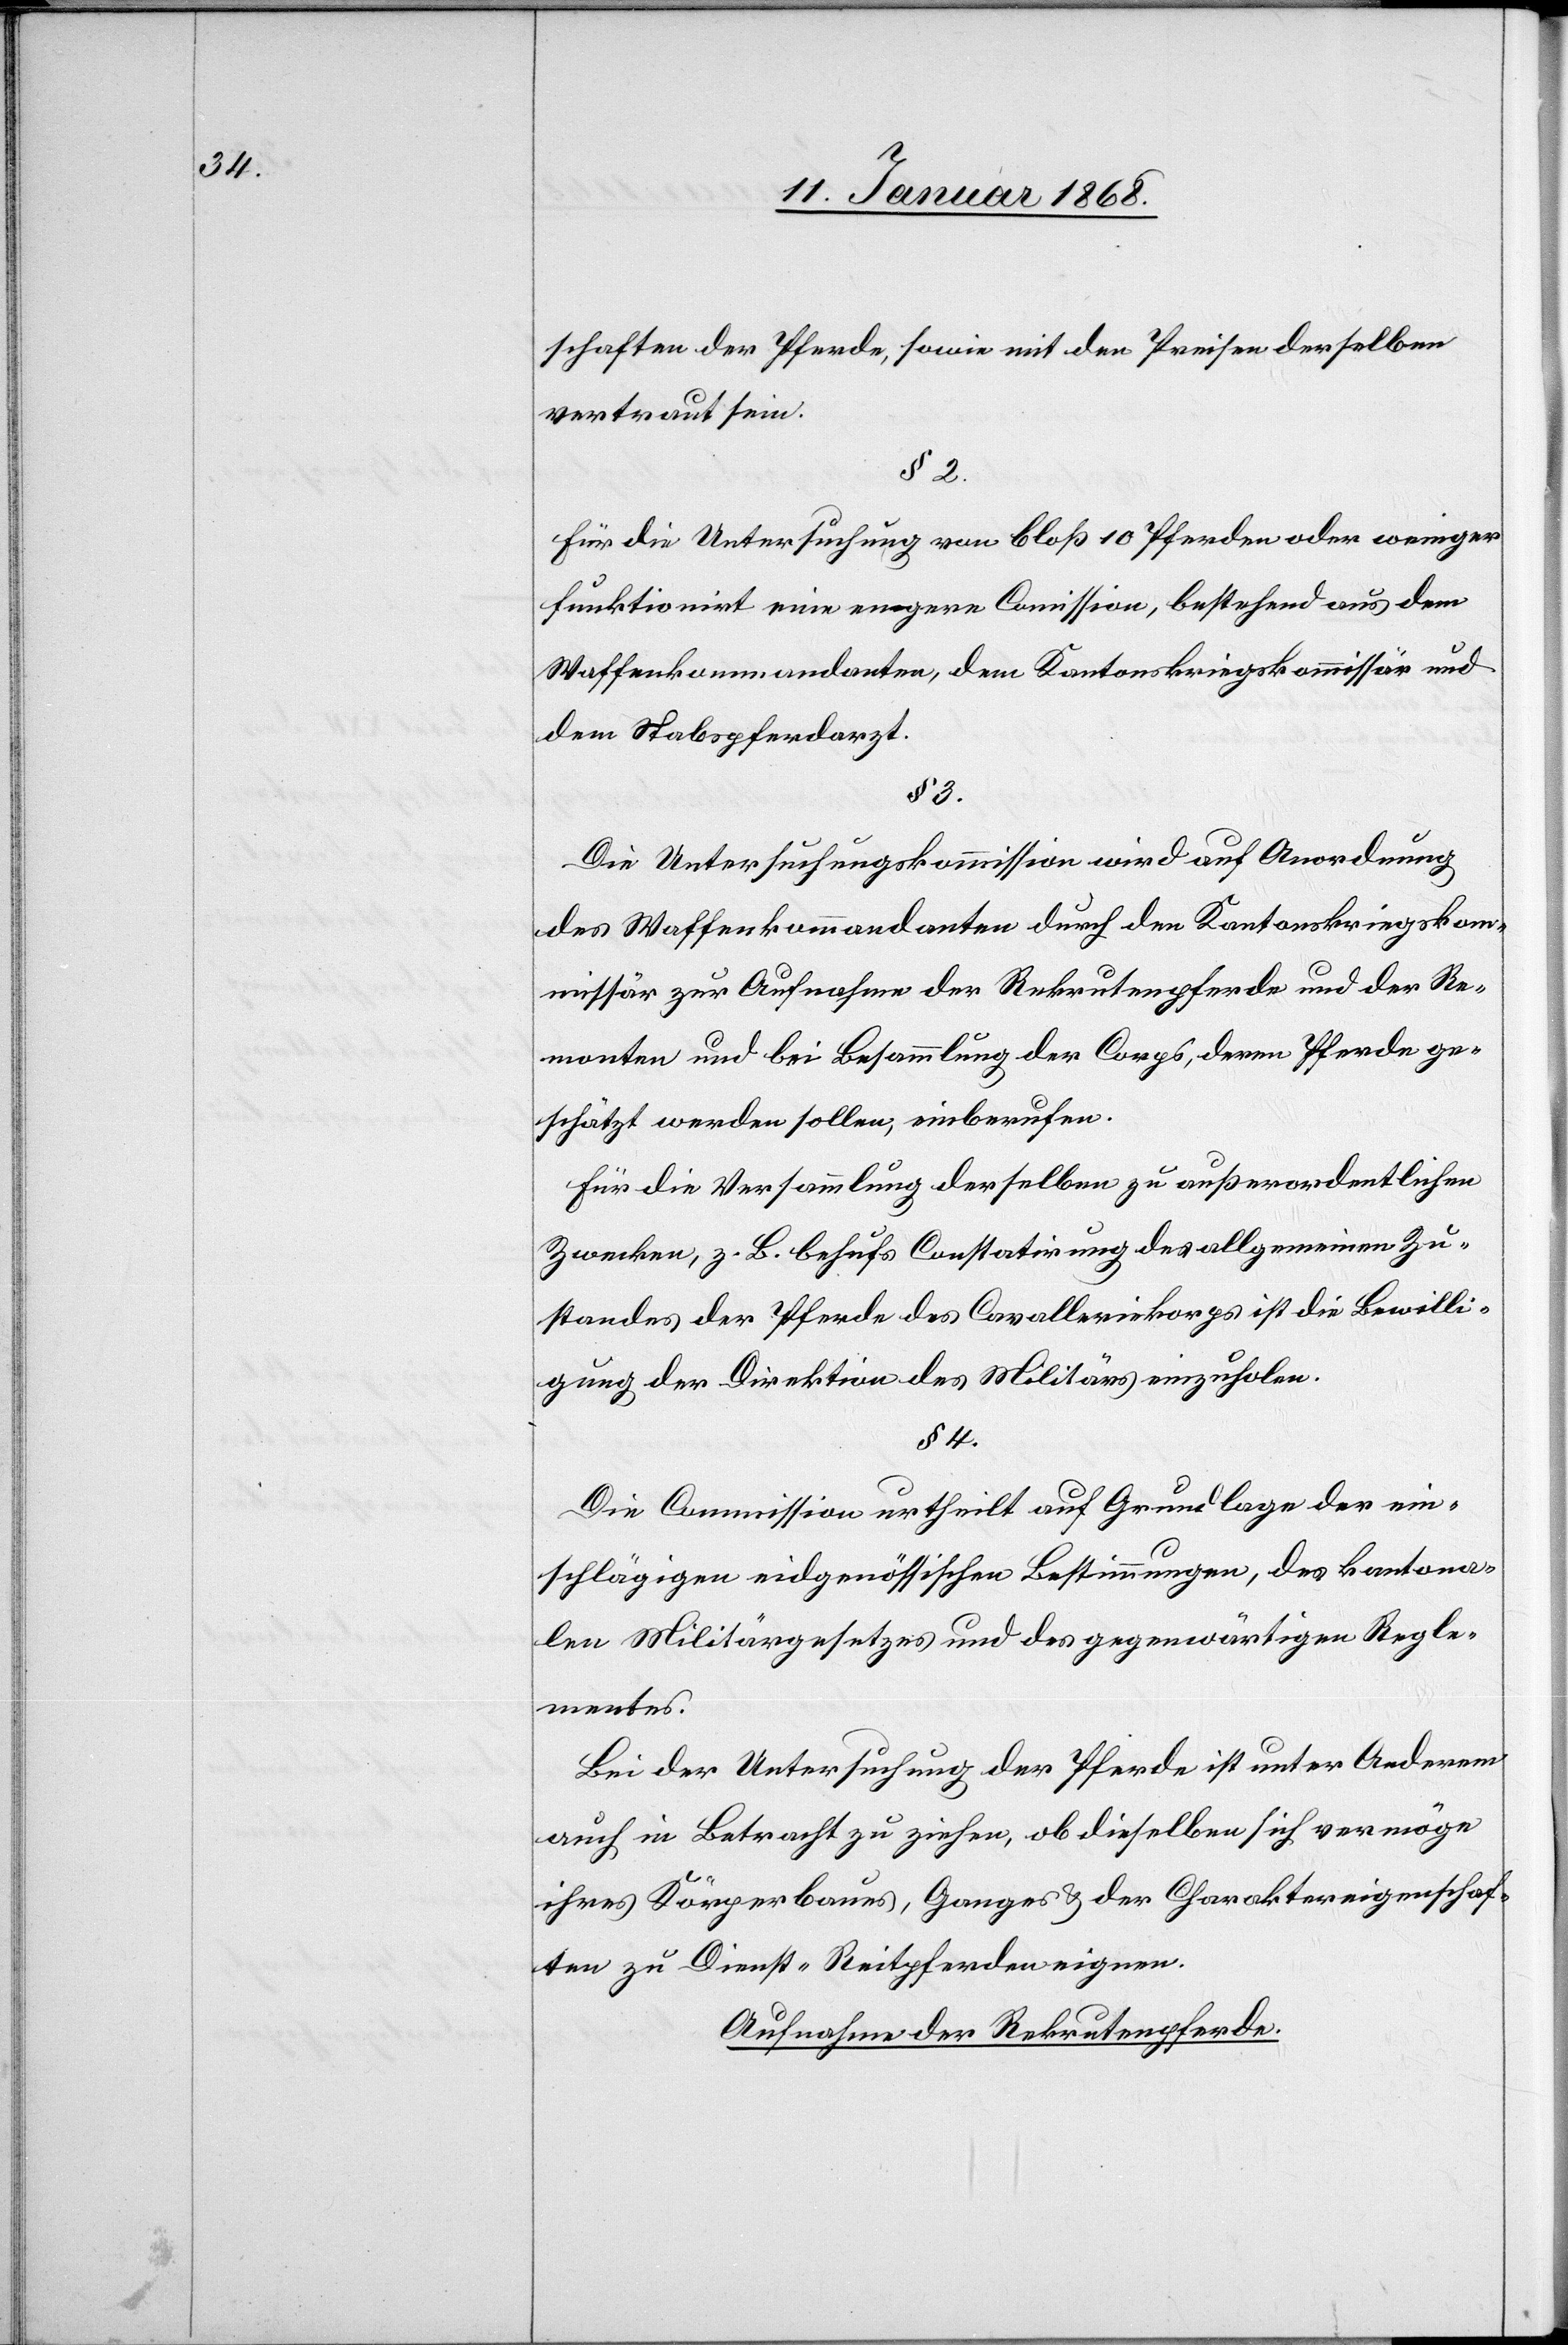
schaften der Pferde, sowie mit den Preisen derselben
vertraut sein.
§ 2.
Für die Untersuchung von bloß 10 Pferden oder weniger
funktionirt eine engere Com[m]ission, bestehend aus dem
Waffenkommandanten, dem Kantonskriegskommissär und
dem Stabspferdarzt.
§ 3.
Die Untersuchungskommission wird auf Anordnung
des Waffenkommandanten durch den Kantonskriegskom¬
missär zur Aufnahme der Rekrutenpferde und der Re¬
monten und bei Besammlung der Corps, deren Pferde ge¬
schätzt werden sollen, einberufen.
Für die Versammlung derselben zu außerordentlichen
Zwecken, z. B. behufs Constatirung des allgemeinen Zu¬
standes der Pferde des Cavalleriekorps ist die Bewilli¬
gung der Direktion des Militärs einzuholen.
§ 4.
Die Commission urtheilt auf Grundlage der ein¬
schlägigen eidgenössischen Bestimmungen, des kantona¬
len Militärgesetzes und des gegenwärtigen Regle¬
mentes.
Bei der Untersuchung der Pferde ist unter Anderem
auch in Betracht zu ziehen, ob dieselben sich vermöge
ihres Körperbaues, Ganges & der Charaktereigenschaf¬
ten zu Dienst-Reitpferden eignen.
Aufnahme der Rekrutenpferde.